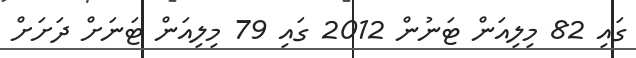
ގައި 82 މިލިއަން ޓަނުން 2012 ގައި 79 މިލިއަން ޓަނަށް ދަށަށް